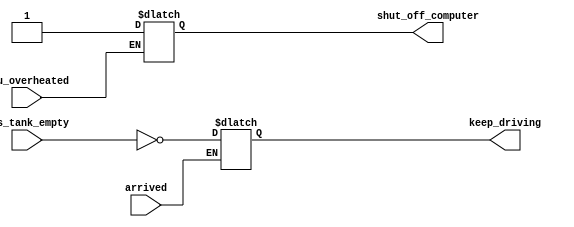
// This program was cloned from: https://github.com/viduraakalanka/HDL-Bits-Solutions
// License: The Unlicense

module top_module (
    input      cpu_overheated,
    output reg shut_off_computer,
    input      arrived,
    input      gas_tank_empty,
    output reg keep_driving  ); //

    always @(*) begin
        if (cpu_overheated)
           shut_off_computer = 1;
    end

    always @(*) begin
        if (~arrived)
           keep_driving = ~gas_tank_empty;
    end

endmodule